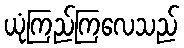
ယုံကြည်ကြလေသည်